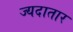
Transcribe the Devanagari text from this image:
ज्यदातार